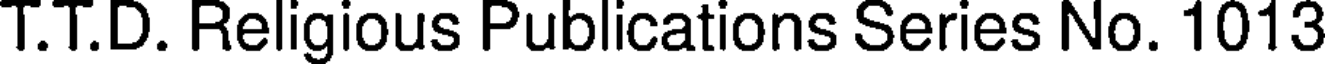
T.T.D. Religious Publications Series No. 1013